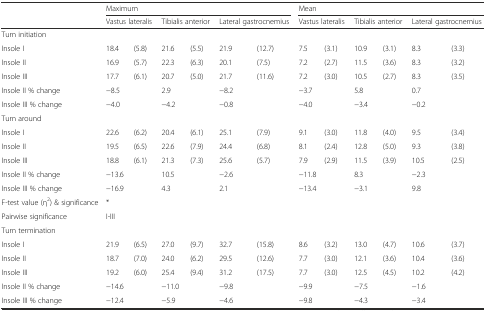
<table><thead><tr><td></td><td colspan="6"><b>Maximum</b></td><td colspan="6"><b>Mean</b></td></tr><tr><td></td><td colspan="2"><b>Vastus lateralis</b></td><td colspan="2"><b>Tibialis anterior</b></td><td colspan="2"><b>Lateral gastrocnemius</b></td><td colspan="2"><b>Vastus lateralis</b></td><td colspan="2"><b>Tibialis anterior</b></td><td colspan="2"><b>Lateral gastrocnemius</b></td></tr></thead><tbody><tr><td>Turn initiation</td><td></td><td></td><td></td><td></td><td></td><td></td><td></td><td></td><td></td><td></td><td></td><td></td></tr><tr><td>Insole I</td><td>18.4</td><td>(5.8)</td><td>21.6</td><td>(5.5)</td><td>21.9</td><td>(12.7)</td><td>7.5</td><td>(3.1)</td><td>10.9</td><td>(3.1)</td><td>8.3</td><td>(3.3)</td></tr><tr><td>Insole II</td><td>16.9</td><td>(5.7)</td><td>22.3</td><td>(6.3)</td><td>20.1</td><td>(7.5)</td><td>7.2</td><td>(2.7)</td><td>11.5</td><td>(3.6)</td><td>8.3</td><td>(3.2)</td></tr><tr><td>Insole III</td><td>17.7</td><td>(6.1)</td><td>20.7</td><td>(5.0)</td><td>21.7</td><td>(11.6)</td><td>7.2</td><td>(3.0)</td><td>10.5</td><td>(2.7)</td><td>8.3</td><td>(3.5)</td></tr><tr><td>Insole II % change</td><td colspan="2">−8.5</td><td colspan="2">2.9</td><td colspan="2">−8.2</td><td colspan="2">−3.7</td><td colspan="2">5.8</td><td colspan="2">0.7</td></tr><tr><td>Insole III % change</td><td colspan="2">−4.0</td><td colspan="2">−4.2</td><td colspan="2">−0.8</td><td colspan="2">−4.0</td><td colspan="2">−3.4</td><td colspan="2">−0.2</td></tr><tr><td>Turn around</td><td></td><td></td><td></td><td></td><td></td><td></td><td></td><td></td><td></td><td></td><td></td><td></td></tr><tr><td>Insole I</td><td>22.6</td><td>(6.2)</td><td>20.4</td><td>(6.1)</td><td>25.1</td><td>(7.9)</td><td>9.1</td><td>(3.0)</td><td>11.8</td><td>(4.0)</td><td>9.5</td><td>(3.4)</td></tr><tr><td>Insole II</td><td>19.5</td><td>(6.5)</td><td>22.6</td><td>(7.9)</td><td>24.4</td><td>(6.8)</td><td>8.1</td><td>(2.4)</td><td>12.8</td><td>(5.0)</td><td>9.3</td><td>(3.8)</td></tr><tr><td>Insole III</td><td>18.8</td><td>(6.1)</td><td>21.3</td><td>(7.3)</td><td>25.6</td><td>(5.7)</td><td>7.9</td><td>(2.9)</td><td>11.5</td><td>(3.9)</td><td>10.5</td><td>(2.5)</td></tr><tr><td>Insole II % change</td><td colspan="2">−13.6</td><td colspan="2">10.5</td><td colspan="2">−2.6</td><td colspan="2">−11.8</td><td colspan="2">8.3</td><td colspan="2">−2.3</td></tr><tr><td>Insole III % change</td><td colspan="2">−16.9</td><td colspan="2">4.3</td><td colspan="2">2.1</td><td colspan="2">−13.4</td><td colspan="2">−3.1</td><td colspan="2">9.8</td></tr><tr><td>F-test value (η<sup>2</sup>) &amp; significance</td><td colspan="2">*</td><td colspan="2"></td><td colspan="2"></td><td colspan="2"></td><td colspan="2"></td><td colspan="2"></td></tr><tr><td>Pairwise significance</td><td colspan="2">I-III</td><td colspan="2"></td><td colspan="2"></td><td colspan="2"></td><td colspan="2"></td><td colspan="2"></td></tr><tr><td>Turn termination</td><td></td><td></td><td></td><td></td><td></td><td></td><td></td><td></td><td></td><td></td><td></td><td></td></tr><tr><td>Insole I</td><td>21.9</td><td>(6.5)</td><td>27.0</td><td>(9.7)</td><td>32.7</td><td>(15.8)</td><td>8.6</td><td>(3.2)</td><td>13.0</td><td>(4.7)</td><td>10.6</td><td>(3.7)</td></tr><tr><td>Insole II</td><td>18.7</td><td>(7.0)</td><td>24.0</td><td>(6.2)</td><td>29.5</td><td>(12.6)</td><td>7.7</td><td>(3.0)</td><td>12.1</td><td>(3.6)</td><td>10.4</td><td>(3.6)</td></tr><tr><td>Insole III</td><td>19.2</td><td>(6.0)</td><td>25.4</td><td>(9.4)</td><td>31.2</td><td>(17.5)</td><td>7.7</td><td>(3.0)</td><td>12.5</td><td>(4.5)</td><td>10.2</td><td>(4.2)</td></tr><tr><td>Insole II % change</td><td colspan="2">−14.6</td><td colspan="2">−11.0</td><td colspan="2">−9.8</td><td colspan="2">−9.9</td><td colspan="2">−7.5</td><td colspan="2">−1.6</td></tr><tr><td>Insole III % change</td><td colspan="2">−12.4</td><td colspan="2">−5.9</td><td colspan="2">−4.6</td><td colspan="2">−9.8</td><td colspan="2">−4.3</td><td colspan="2">−3.4</td></tr></tbody></table>